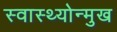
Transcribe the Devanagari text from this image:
स्वास्थ्योन्मुख